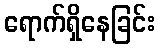
ရောက်ရှိနေခြင်း